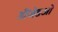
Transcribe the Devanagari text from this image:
डीजेडओ